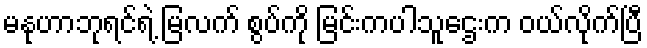
မနုဟာဘုရင်ရဲ့ မြလက် စွပ်ကို မြင်းကပါသူဌေးက ဝယ်လိုက်ပြီ